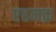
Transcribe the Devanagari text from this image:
एहमक़